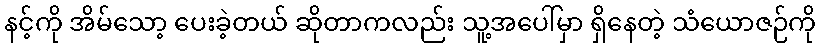
နင့်ကို အိမ်သော့ ပေးခဲ့တယ် ဆိုတာကလည်း သူ့အပေါ်မှာ ရှိနေတဲ့ သံယောဇဉ်ကို